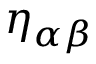
\eta _ { \alpha \beta }